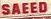
saeed